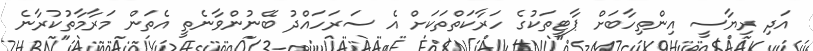
އަދި ރިޔާސީ އިންތިހާބަށް ޕާޓީތަކުގެ ހަރާކަތްތަކަށް އެ ސަރަހައްދު ބޭނުންވާނެތީ އެތަން މަރާމާތުކުރާނެ